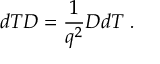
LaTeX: d T D = \frac { 1 } { q ^ { 2 } } D d T ~ .